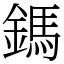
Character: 鎷